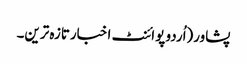
پشاور(اُردو پوائنٹ اخبارتازہ ترین۔